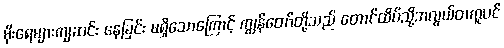
မိုးရေများကျဆင်း နေခြင်း မရှိသောကြောင့် ကျွန်တော်တို့သည် တောင်ထိပ်သို့အလွယ်တကူပင်